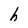
Character: h